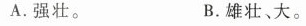
A.强壮。 B.雄壮、大。